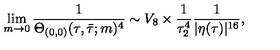
\lim _ { m \rightarrow 0 } \frac { 1 } { \Theta _ { ( 0 , 0 ) } ( \tau , \bar { \tau } ; m ) ^ { 4 } } \sim V _ { 8 } \times \frac { 1 } { \tau _ { 2 } ^ { 4 } } \frac { 1 } { | \eta ( \tau ) | ^ { 1 6 } } ,